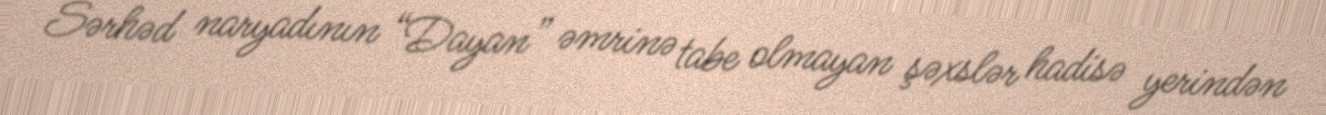
Sərhəd naryadının “Dayan” əmrinə tabe olmayan şəxslər hadisə yerindən